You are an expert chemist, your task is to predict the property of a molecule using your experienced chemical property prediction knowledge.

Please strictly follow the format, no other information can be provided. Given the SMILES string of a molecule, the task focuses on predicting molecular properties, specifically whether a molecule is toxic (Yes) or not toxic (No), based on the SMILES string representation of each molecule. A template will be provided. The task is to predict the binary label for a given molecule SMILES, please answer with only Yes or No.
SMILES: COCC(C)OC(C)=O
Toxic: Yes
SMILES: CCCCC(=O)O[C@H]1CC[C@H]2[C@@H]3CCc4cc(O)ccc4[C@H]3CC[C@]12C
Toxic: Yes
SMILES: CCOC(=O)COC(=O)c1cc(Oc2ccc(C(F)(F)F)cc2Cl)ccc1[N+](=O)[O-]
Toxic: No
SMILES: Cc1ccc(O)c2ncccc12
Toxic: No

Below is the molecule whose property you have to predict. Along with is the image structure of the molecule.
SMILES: CC1(C)OC[C@@H]2O[C@@]3(C(=O)O)OC(C)(C)O[C@H]3[C@@H]2O1
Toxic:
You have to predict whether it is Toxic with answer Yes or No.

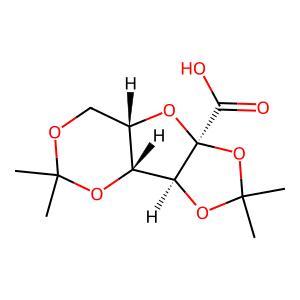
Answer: No